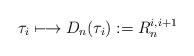
LaTeX: \begin{align*}\tau_i \longmapsto D_n(\tau_i) := R_n^{i,i+1}\end{align*}